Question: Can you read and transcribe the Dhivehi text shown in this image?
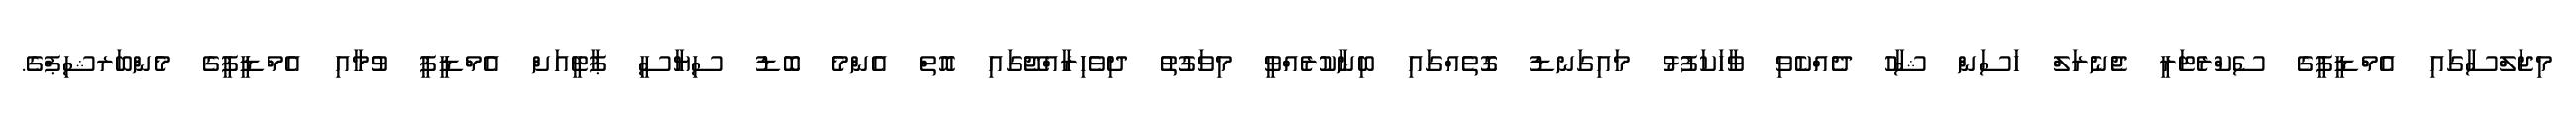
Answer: މިޖަލްސާގައި އެމްޑީޕީގެ ސެކްރެޓަރީ ޖެނެރަލް ހަސަން ޝާހު ދެއްކެވި ވާހަކަފުޅު މައިގަނޑު ގޮތެއްގައި ބިނާކުރެއްވީ މިވަގުތު ދިވެހިރާއްޖޭގައި އޮތް އެންމެ ބޮޑު ސިޔާސީ ޕާޓީއަށް އެމްޑީޕީ ވުމާއި އެމްޑީޕީގެ މެންބަރޝިޕްގެ.